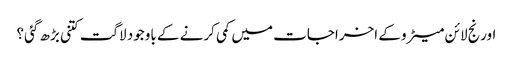
اورنج لائن میٹرو کے اخراجات میں کمی کرنے کے باوجود لاگت کتنی بڑھ گئی؟